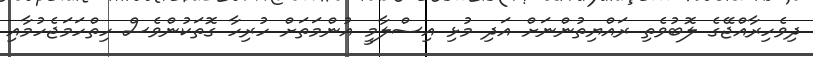
ދިވެހިރާއްޖޭގެ ލޮބުވެތި ރައްޔިތުންނަށް އަދި މުޅި އިސްލާމީ އުންމަތަށް ހުރިހާ ގޮތަކުންވެސް ހިތްހަމަޖެހުމާއި